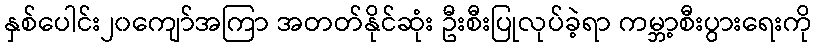
နှစ်ပေါင်း၂၀ကျော်အကြာ အတတ်နိုင်ဆုံး ဦးစီးပြုလုပ်ခဲ့ရာ ကမ္ဘာ့စီးပွားရေးကို